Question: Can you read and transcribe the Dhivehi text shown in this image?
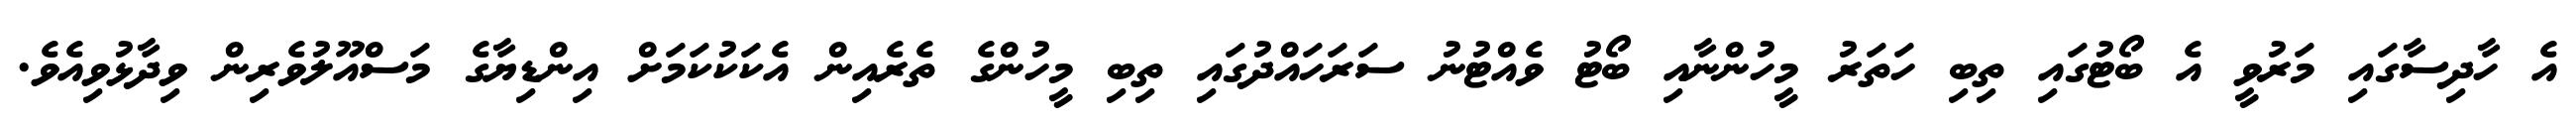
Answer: އެ ހާދިސާގައި މަރުވީ އެ ބޯޓުގައި ތިބި ހަތަރު މީހުންނާއި ބޯޓު ވެއްޓުނު ސަރަހައްދުގައި ތިބި މީހުންގެ ތެރެއިން އެކަކުކަމަށް އިންޑިޔާގެ މަސްއޫލުވެރިން ވިދާޅުވިއެވެ.